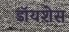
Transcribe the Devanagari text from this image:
डॉयशेस